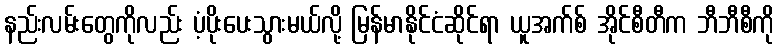
နည်းလမ်းတွေကိုလည်း ပံ့ပိုးပေးသွားမယ်လို့ မြန်မာနိုင်ငံဆိုင်ရာ ယူအက်စ် အိုင်စီတီက ဘီဘီစီကို